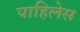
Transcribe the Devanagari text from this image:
पाहिलेस